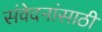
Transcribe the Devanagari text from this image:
संवेदनांसाठी